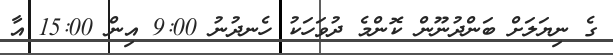
ގެ ނިޔަލަށް ބަންދުނޫން ކޮންމެ ދުވަހަކު ހެނދުނު 9:00 އިން 15:00 އާ